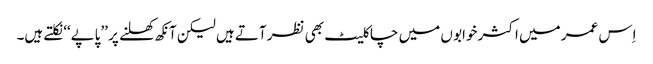
اِس عمر میں اکثر خوابو ں میں چاکلیٹ بھی نظر آتے ہیں لیکن آنکھ کھلنے پر ’’پاپے‘‘ نکلتے ہیں۔